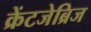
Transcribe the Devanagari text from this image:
क्रेंटजेब्रिज